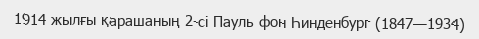
1914 жылғы қарашаның 2-сі Пауль фон Һинденбург (1847—1934)